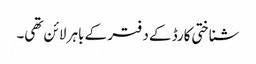
شناختی کارڈ کے دفتر کے باہر لائن تھی۔